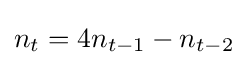
n_{t}=4n_{t-1}-n_{t-2}